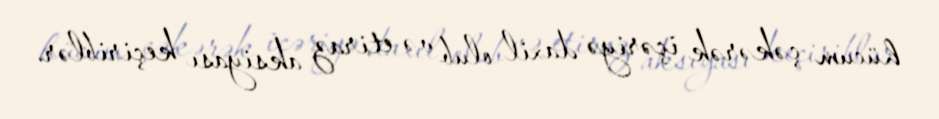
hücum çəkərək içəriyə daxil olub və etiraz aksiyası keçiriblər.